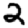
Digit: 2